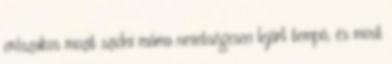
erőszakos mozit szidni máma nevetségesen lejárt tempó, és most